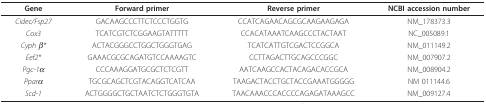
<table><thead><tr><td><b>Gene</b></td><td><b>Forward primer</b></td><td><b>Reverse primer</b></td><td><b>NCBI accession number</b></td></tr></thead><tbody><tr><td><i>Cidec/Fsp27</i></td><td>GACAAGCCCTTCTCCCTGGTG</td><td>CCATCAGAACAGCGCAAGAAGAGA</td><td>NM_178373.3</td></tr><tr><td><i>Cox3</i></td><td>TCATCGTCTCGGAAGTATTTTT</td><td>CCACATAAATCAAGCCCTACTAAT</td><td>NC_005089.1</td></tr><tr><td><i>Cyph β*</i></td><td>ACTACGGGCCTGGCTGGGTGAG</td><td>TCATCATTGTCGACTCCGGCA</td><td>NM_011149.2</td></tr><tr><td><i>Eef2*</i></td><td>GAAACGCGCAGATGTCCAAAAGTC</td><td>CCTTAGACTTGCAGCCCGGC</td><td>NM_007907.2</td></tr><tr><td><i>Pgc-1α</i></td><td>CCCAAAGGATGCGCTCTCGTT</td><td>AATCAAGCCACTACAGACACCGCA</td><td>NM_008904.2</td></tr><tr><td><i>Pparα</i></td><td>TGCGCAGCTCGTACAGGTCATCAA</td><td>TAAGACTACCTGCTACCGAAATGGGGG</td><td>NM 011144.6</td></tr><tr><td><i>Scd-1</i></td><td>ACTGGGGCTGCTAATCTCTGGGTGTA</td><td>TAACAAACCCACCCCAGAGATAAAGCC</td><td>NM_009127.4</td></tr></tbody></table>